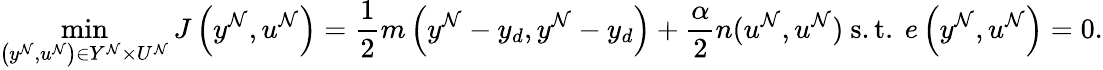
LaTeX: \operatorname*{min}_{\left(y^{\mathcal{N}},u^{\mathcal{N}}\right)\in Y^{\mathcal{N}}\times U^{\mathcal{N}}}J\left(y^{\mathcal{N}},u^{\mathcal{N}}\right)=\frac{1}{2}m\left(y^{\mathcal{N}}-y_{d},y^{\mathcal{N}}-y_{d}\right)+\frac{\alpha}{2}n(u^{\mathcal{N}},u^{\mathcal{N}})\mathrm{~s.t.~}e\left(y^{\mathcal{N}},u^{\mathcal{N}}\right)=0.